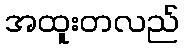
အထူးတလည်